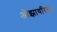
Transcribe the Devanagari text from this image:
ओझायरिस